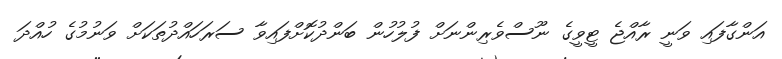
އަންގާފައި ވަނީ ރާއްޖެ ޓީވީގެ ނޫސްވެރިންނަށް ފުލުހުން ބަންދުކޮށްފައިވާ ސަރަހައްދުތަކަށް ވަނުމުގެ ހުއްދަ